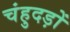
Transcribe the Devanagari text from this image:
चंहुदड़ों